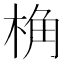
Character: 桷